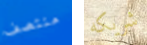
منتصف شريكه